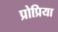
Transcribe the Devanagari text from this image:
प्रोप्रिया